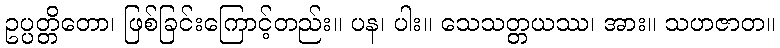
ဥပ္ပတ္တိတော၊ ဖြစ်ခြင်းကြောင့်တည်း။ ပန၊ ပါး။ သေသတ္တယဿ၊ အား။ သဟဇာတ။